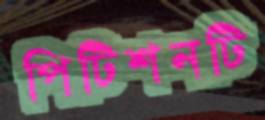
পিটিশনটি